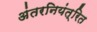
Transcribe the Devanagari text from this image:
अंतरनियंत्रित